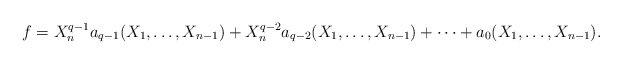
\begin{align*}f=X_n^{q-1}a_{q-1}(X_1,\dots,X_{n-1})+X_n^{q-2}a_{q-2}(X_1,\dots,X_{n-1})+\cdots+a_{0}(X_1,\dots,X_{n-1}).\end{align*}